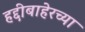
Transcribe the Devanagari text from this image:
हद्दीबाहेरच्या